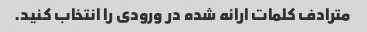
مترادف کلمات ارائه شده در ورودی را انتخاب کنید.